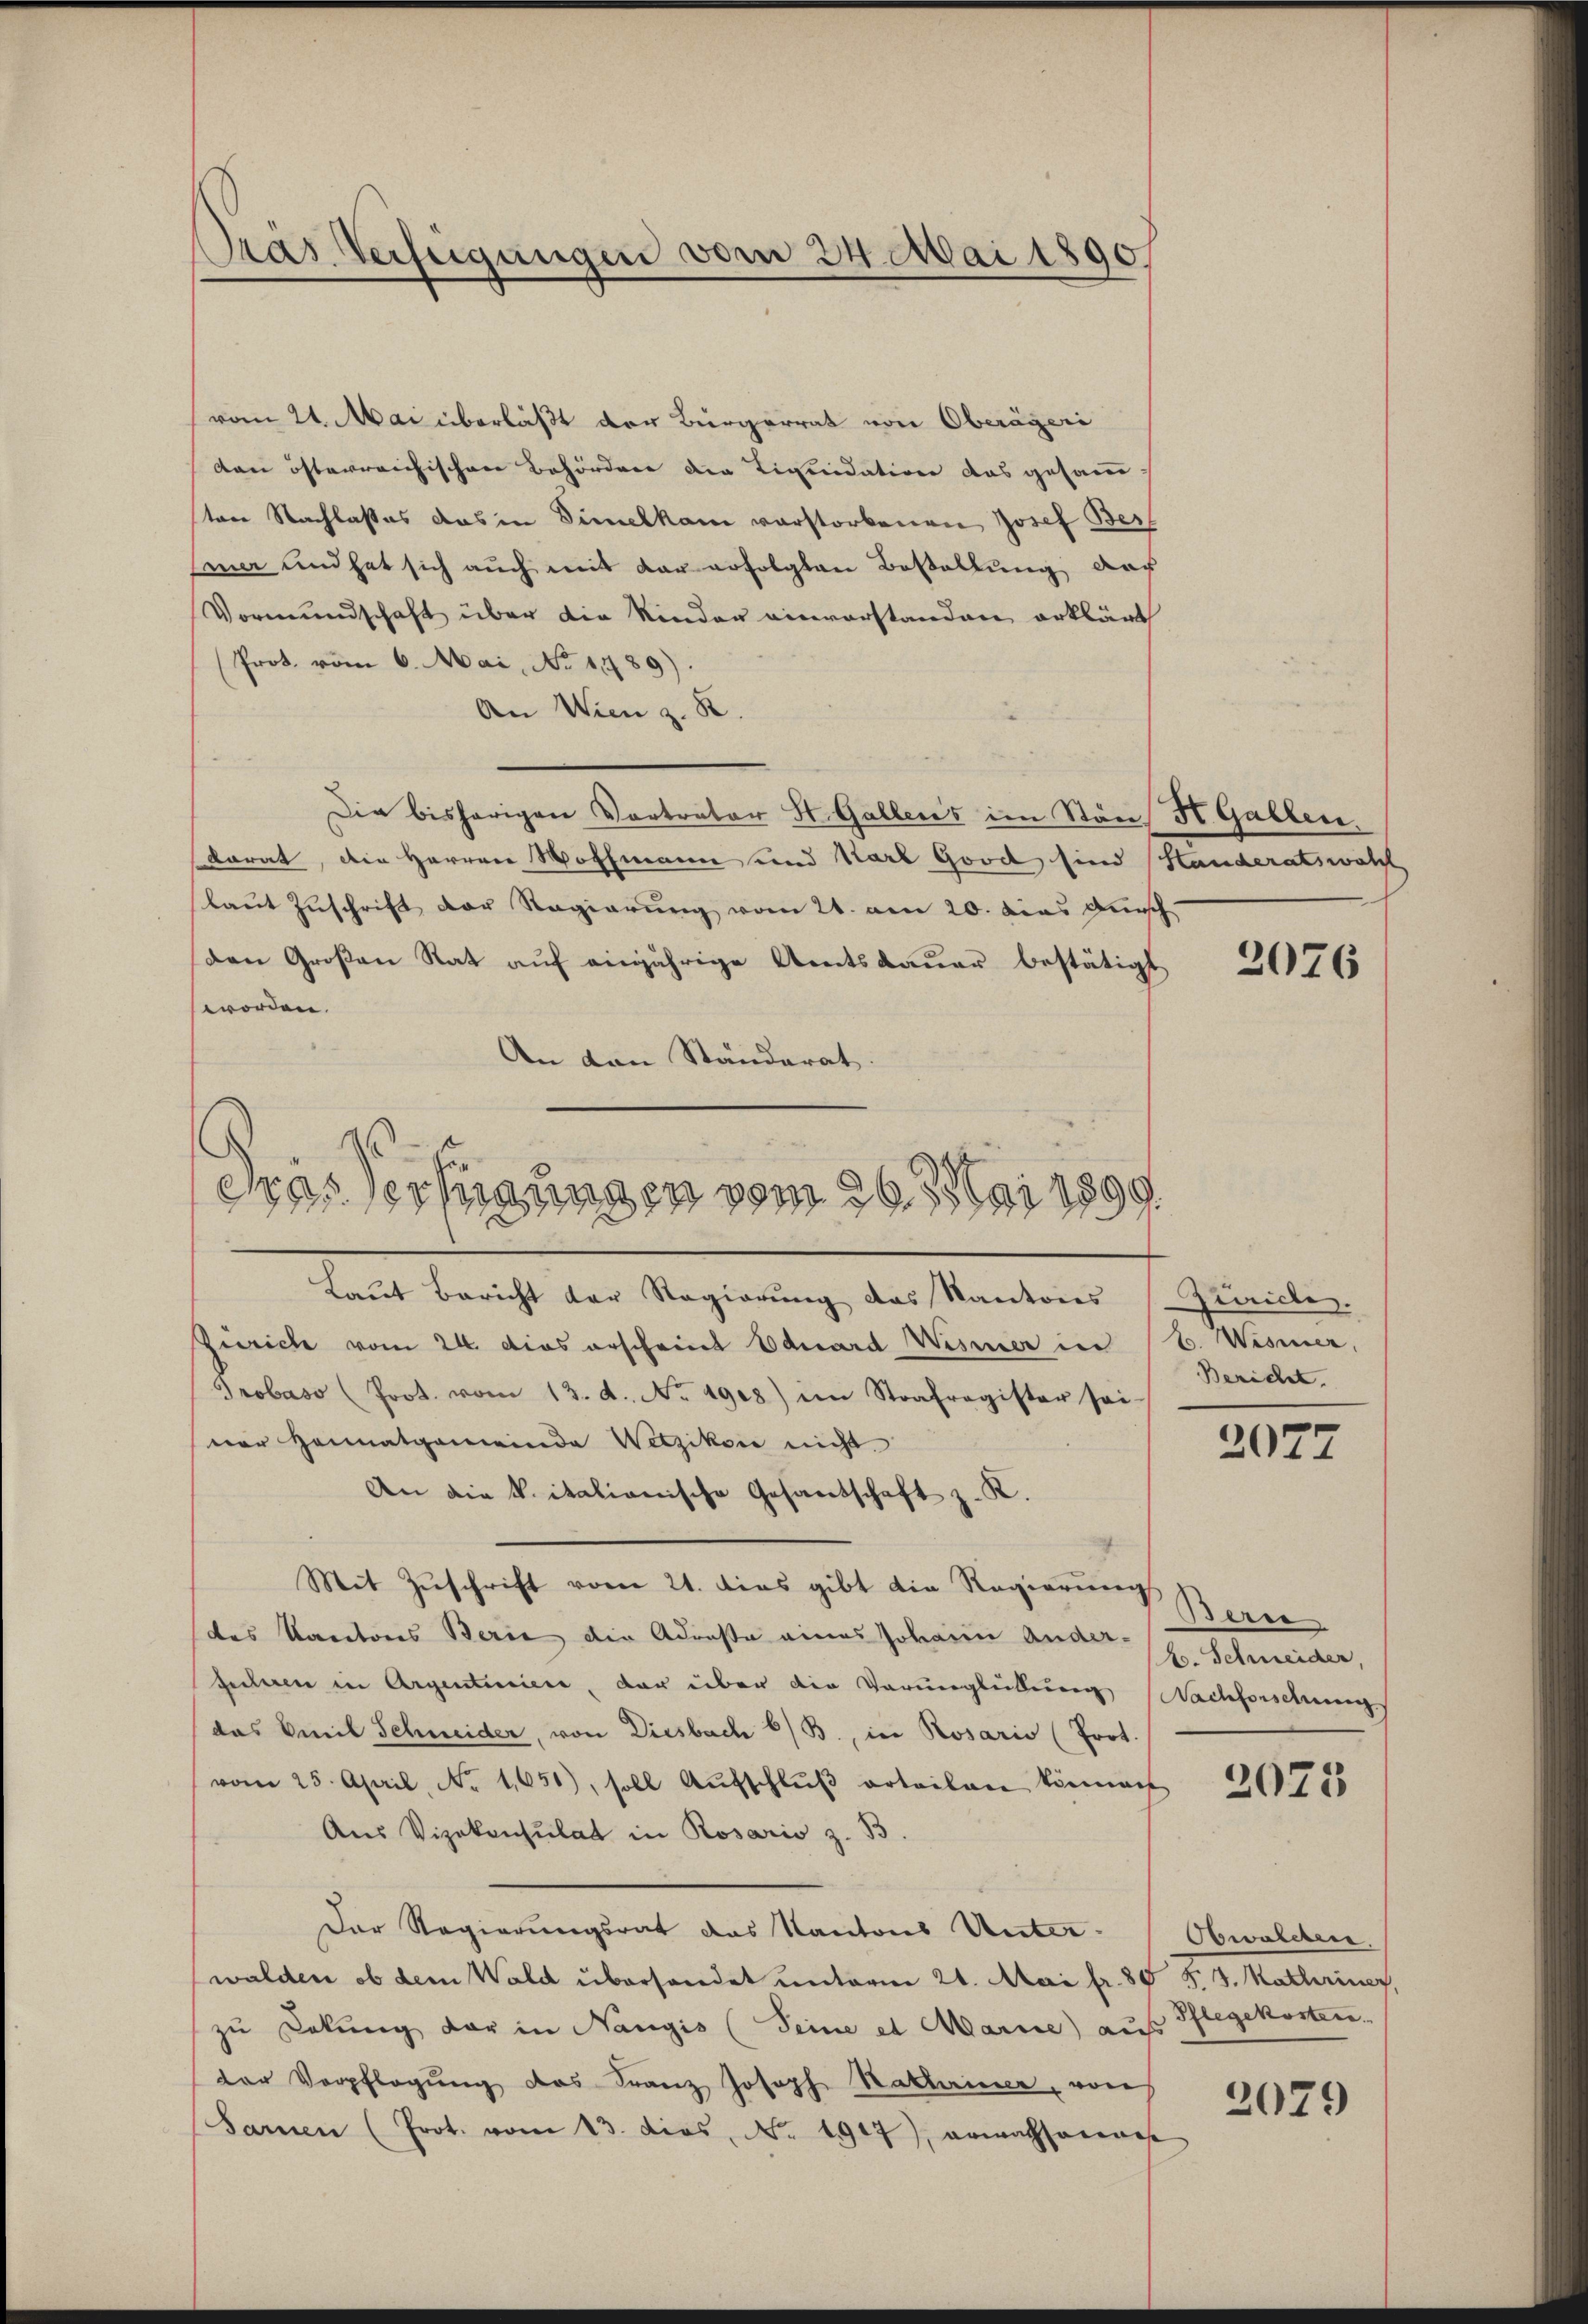
Pras Verfügungen vom 24. Mai 1890.

vom 21. Mai überläßt der Bürgerrat von Oberägeri
den österreichischen Behördere der Liquidation das gesamm-
tene Nachlasses das in Simelkam verstorbenen Josef Bes
mar und hat sich auch mit der erfolgten Bestellung auch
Vormundschaft über die Kinder einvorstanden erklärt
Prot. vom 6. Mai, No 1789).
An Wien z. B.
Die bisherigen Vortrator St. Gallers im Stons St. Gallen.
dorat, die Herren Hoffmann und Karl Good sind Standeratswahl
laut Zuschrift der Regierung vom 21. an 20. das Kunsch
den Großen Rat auf einjährige Amtsdauer bestätigt
worden.
An den Ständerat.
Laŭt Bericht der Regierŭng das Kantons
Zürich vom 24. dies erscheint Eduard Wismer in C. Wismer,
Probaso (Prot. vom 13. d. No 1908) im Strafregister sei-
ner Heimatgemeinde Wetzikon nicht.
An die k. italionische Gesantschaft z. K.
Mit Zuschrift vom 21. dies gibt die Regierung Beric
das Kantons Berić die Adresse eines Johann ander H. Schneider,
feileren in Argenteriere, der über die Verunglübung Nachforschung
das Emil Schneider, von Diesbach 6) B., in Rosario (Prot.
vom 25. April, No. 1651), soll Aŭfschlŭβ arteilen könnach
Aus Vizekonsulat in Rosario z. B.
Der Regierungsrat das Kantons Unter-
walden ob dem Wald überhandet unterm 21. Mai fr. 80 F. J. Kathriner,
zu Dokung der in Nangis (Seine et Marie) aus Pflegekosten.
der Verpflegŭng des Franz Joseph Rathariner, von
Sarnen (Prot. vom 13. dies, No. 1947), Anwachsmars

Gras Technungen vom 26. Mai 1899.

2076

Zürich.
Bericht.

2077

2075

Obwalden.

2079